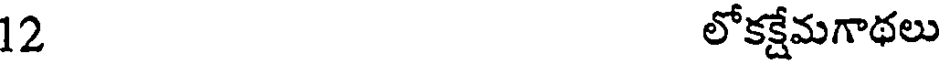
12 లోకక్షేమగాథలు